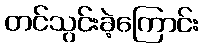
တင်သွင်းခဲ့ကြောင်း